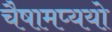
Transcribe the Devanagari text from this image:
चैषामप्ययो